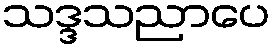
သဒ္ဒသညာပေ